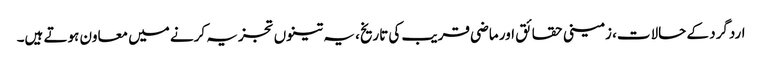
اردگرد کے حالات، زمینی حقائق اور ماضی قریب کی تاریخ، یہ تینوں تجزیہ کرنے میں معاون ہوتے ہیں۔